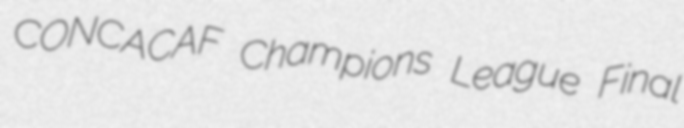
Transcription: CONCACAF Champions League Final